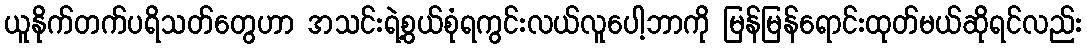
ယူနိုက်တက်ပရိသတ်တွေဟာ အသင်းရဲ့စွယ်စုံရကွင်းလယ်လူပေါ့ဘာကို မြန်မြန်ရောင်းထုတ်မယ်ဆိုရင်လည်း